Jaan_Tonisson_(Lasteleht), lk 17
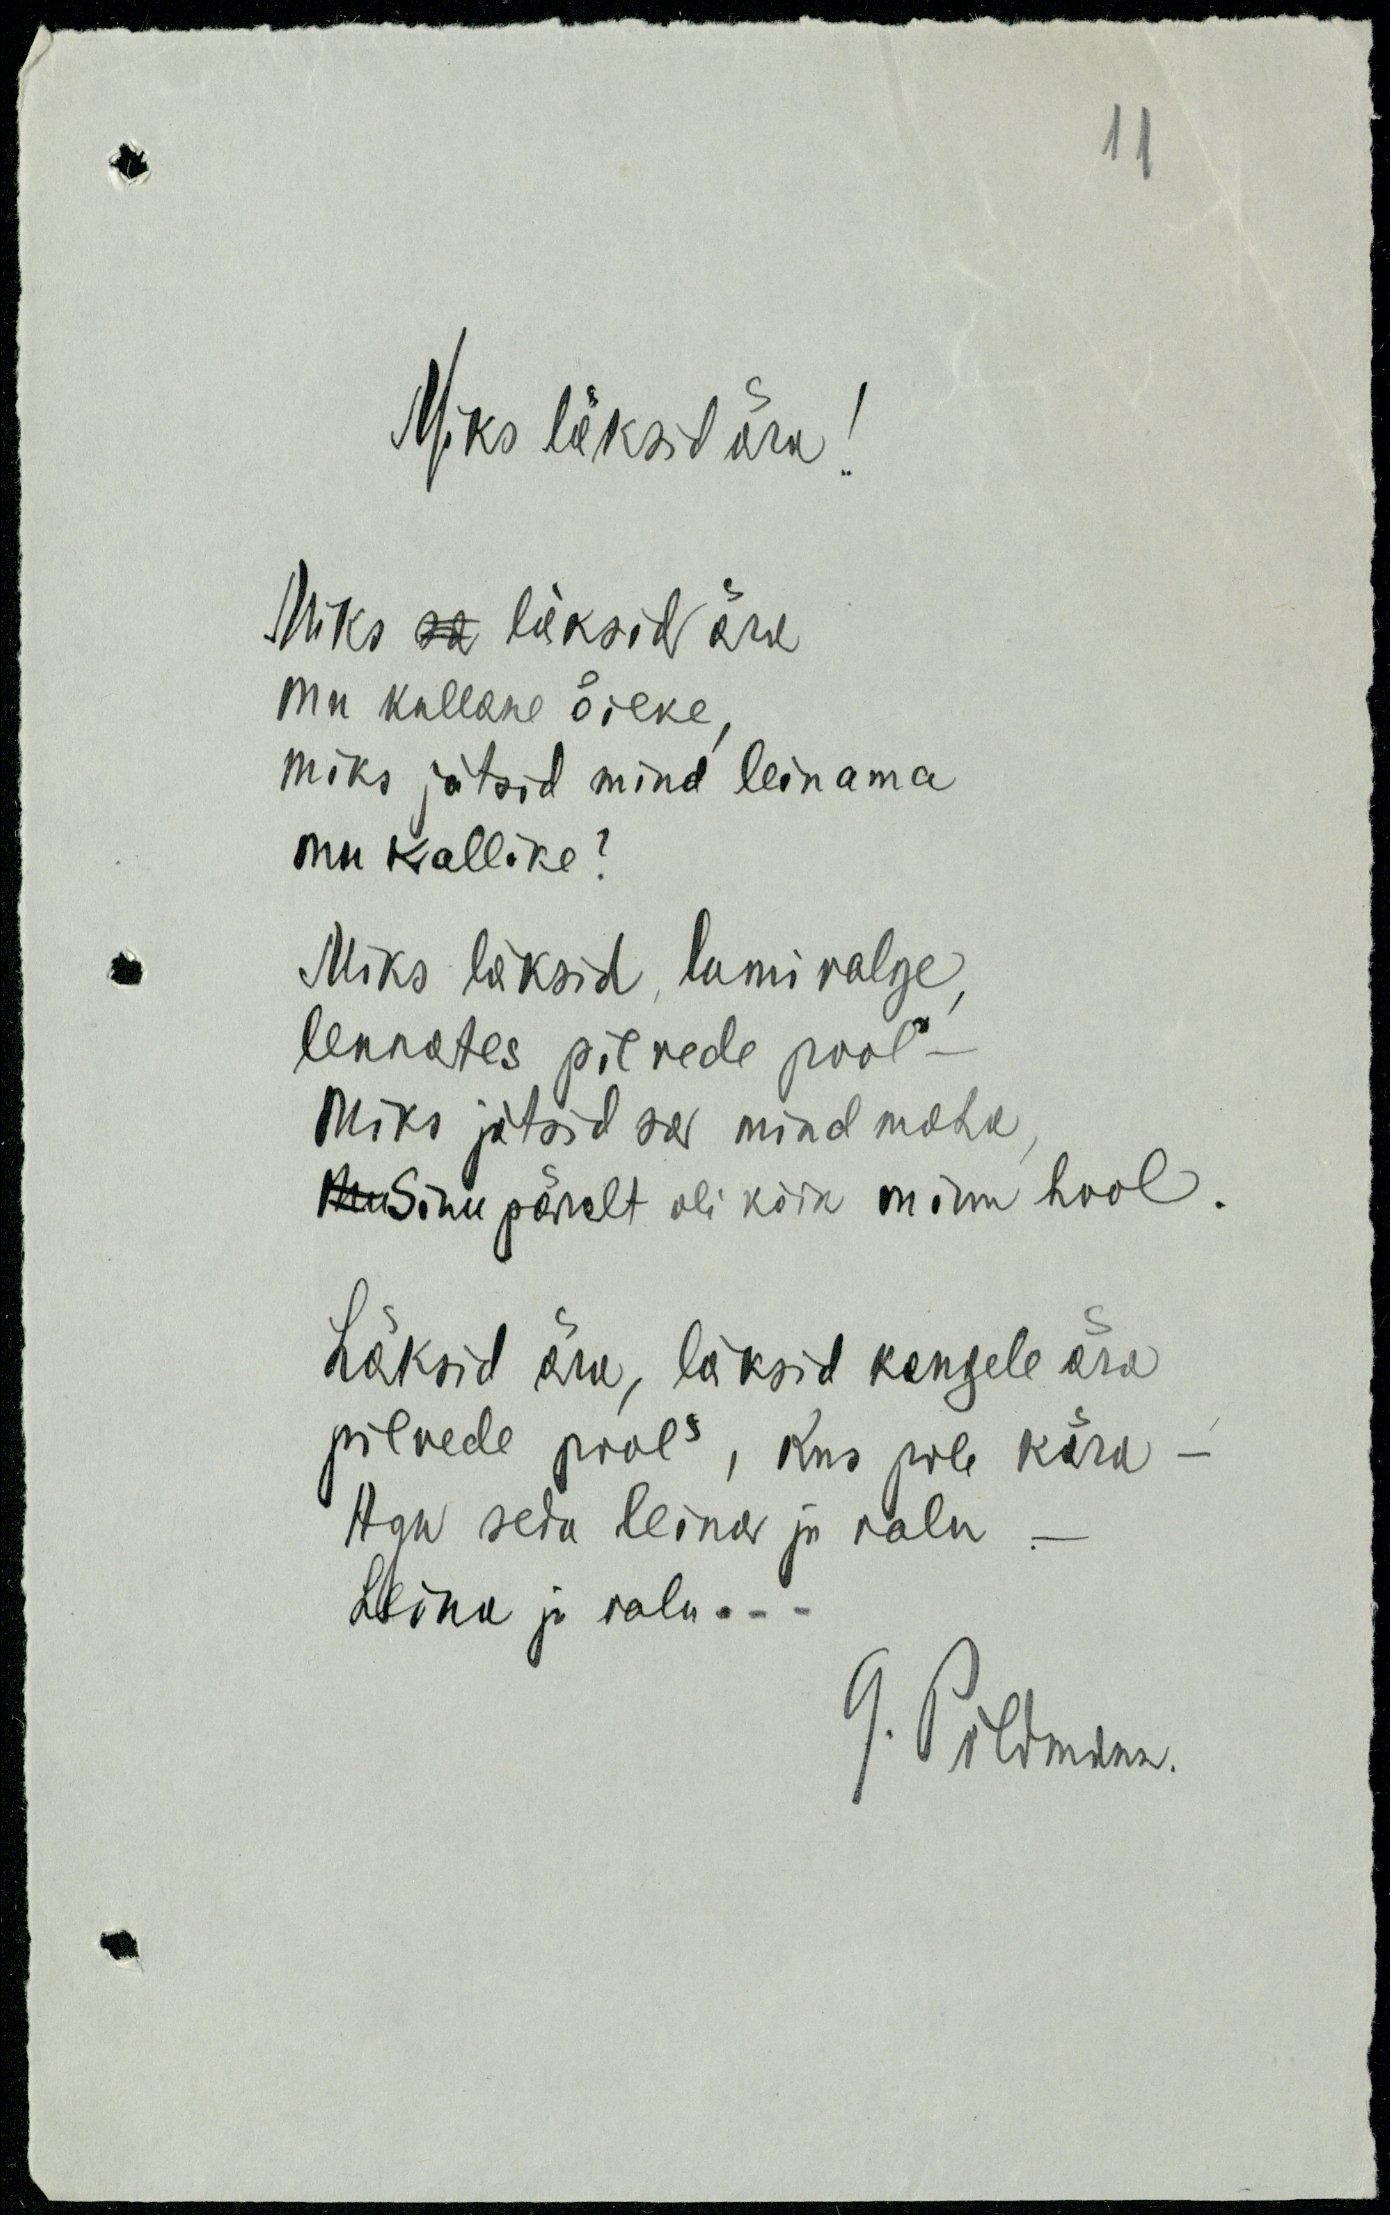
Miks läksid ära!
Miks sa läksid ära
mu kollane õieke,
miks jätsid mind leinama
mu kallike?
Miks läksid, lumivalge,
lennates pilvede pool
miks jätsid sa mind maha
Mu Sinu päralt oli kõik minu hool.
Läksid ära, läksid kaugele ära
pilvede pool, kus pole kära
Aga seda leina ja valu
Leina ja valu...
G. Põldmann.